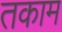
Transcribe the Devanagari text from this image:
तकाम